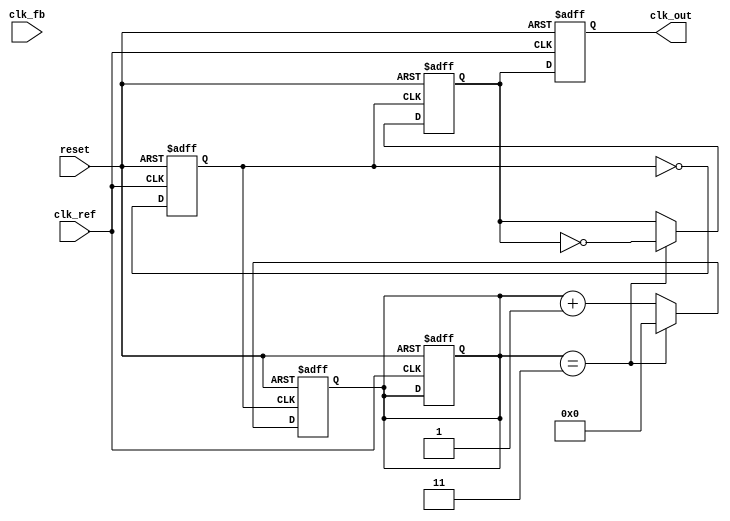
module cp_pll (
    input wire clk_ref,         // Reference clock input
    input wire clk_fb,          // Feedback clock input
    input wire reset,           // Asynchronous reset
    output reg clk_out          // Output clock
);

// Parameters definition
parameter N = 4;                // Division ratio for feedback divider
parameter CP_CURRENT = 1;       // Charge pump current value
parameter LOOP_FILTER_CONST = 4; // Loop filter time constant

// PFD signals
reg pfd_up;
reg pfd_down;

// Charge pump signals
reg [7:0] charge_pump_output; // Charge pump output voltage
reg [7:0] loop_filter_output;  // Loop filter output voltage

// VCO output frequency controlled by loop filter
reg [7:0] vco_control_voltage; // Control voltage for VCO
reg [7:0] vco_frequency;       // Frequency of VCO
reg clk_vco;                   // VCO clock output

// Feedback divider
reg [N-1:0] feedback_counter; // Counter for feedback division
reg feedback_clk;             // Feedback clock output

// PFD Logic
always @(posedge clk_ref or posedge reset) begin
    if (reset) begin
        pfd_up <= 0;
        pfd_down <= 0;
        feedback_counter <= 0;
    end else begin
        if (clk_ref && !clk_fb) begin
            pfd_up <= 1;
            pfd_down <= 0;
        end else if (!clk_ref && clk_fb) begin
            pfd_up <= 0;
            pfd_down <= 1;
        end else begin
            pfd_up <= 0;
            pfd_down <= 0;
        end
    end
end

// Charge Pump Logic
always @(posedge clk_ref or posedge reset) begin
    if (reset) begin
        charge_pump_output <= 0;
    end else begin
        if (pfd_up) begin
            charge_pump_output <= charge_pump_output + CP_CURRENT;
        end else if (pfd_down) begin
            charge_pump_output <= charge_pump_output - CP_CURRENT;
        end
    end
end

// Loop Filter Logic (Simple RC filter model)
always @(posedge clk_ref or posedge reset) begin
    if (reset) begin
        loop_filter_output <= 0;
    end else begin
        loop_filter_output <= (loop_filter_output * (LOOP_FILTER_CONST - 1) + charge_pump_output) / LOOP_FILTER_CONST;
    end
end

// VCO Logic
always @(posedge clk_ref or posedge reset) begin
    if (reset) begin
        vco_control_voltage <= 0;
        clk_vco <= 0;
    end else begin
        vco_control_voltage <= loop_filter_output;
        // Simple model of VCO frequency
        vco_frequency <= vco_control_voltage; // For simplicity, assume direct control
        // Generate the VCO clock output
        clk_vco <= ~clk_vco; // Toggle the VCO clock output
    end
end

// Feedback Divider Logic
always @(posedge clk_vco or posedge reset) begin
    if (reset) begin
        feedback_counter <= 0;
        feedback_clk <= 0;
    end else begin
        if (feedback_counter == N - 1) begin
            feedback_counter <= 0;
            feedback_clk <= ~feedback_clk; // Toggle feedback clock
        end else begin
            feedback_counter <= feedback_counter + 1;
        end
    end
end

// Output clock signal
always @(posedge clk_ref or posedge reset) begin
    if (reset) begin
        clk_out <= 0;
    end else begin
        clk_out <= feedback_clk; // Output synchronized clock
    end
end

endmodule